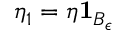
\eta _ { 1 } = \eta \mathbf { 1 } _ { B _ { \epsilon } }